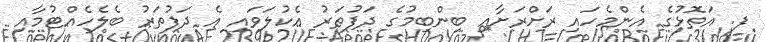
ފ. އަތޮޅުގެ އެންމެހައި ރަށްރަށާއި ބިންބިމުގެ ދަފުތަރު އެކުލަވައި އެ ދަފުތަރު ބެލެހެއްޓުމާއި